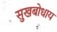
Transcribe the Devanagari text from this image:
सुखबोधाय